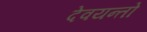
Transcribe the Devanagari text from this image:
देवयन्तो